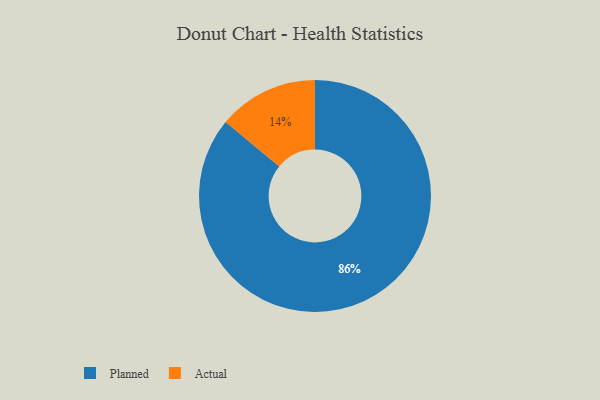
{"axis": {"x": "Category", "y": "Percentage"}, "legend": ["Actual", "Planned"], "data": [{"x": "Planned", "y": 86, "type": "Planned"}, {"x": "Actual", "y": 14, "type": "Actual"}]}